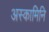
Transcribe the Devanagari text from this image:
अस्कामिनि